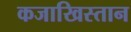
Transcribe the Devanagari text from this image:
कजाखिस्तान